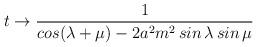
LaTeX: \begin{align*}t\to \frac{1}{cos(\lambda +\mu )-2a^{2}m^{2}\,sin\,\lambda \,sin\,\mu }\end{align*}